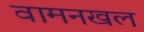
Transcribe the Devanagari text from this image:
वामनखल